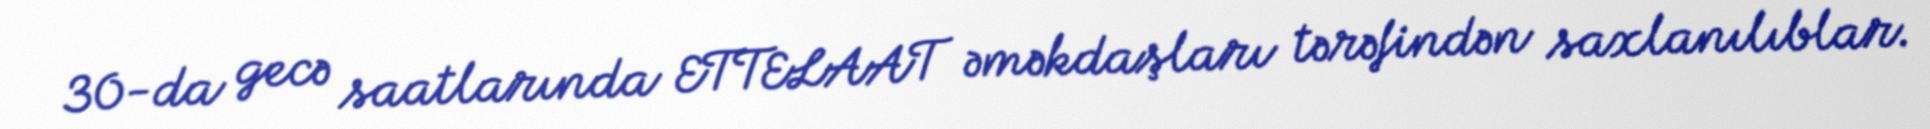
30-da gecə saatlarında ETTELAAT əməkdaşları tərəfindən saxlanılıblar.